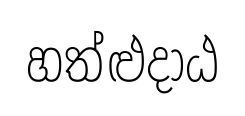
හත්ළුදාඨ